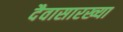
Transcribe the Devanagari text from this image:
दैवासारख्या